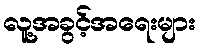
လူ့အခွင့်အရေးများ